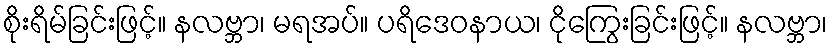
စိုးရိမ်ခြင်းဖြင့်။ နလဗ္ဘာ၊ မရအပ်။ ပရိဒေဝနာယ၊ ငိုကြွေးခြင်းဖြင့်။ နလဗ္ဘာ၊